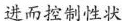
进而控制性状